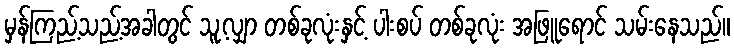
မှန်ကြည့်သည့်အခါတွင် သူ့လျှာ တစ်ခုလုံးနှင့် ပါးစပ် တစ်ခုလုံး အဖြူရောင် သမ်းနေသည်။